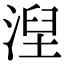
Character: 湼